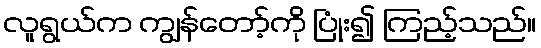
လူရွယ်က ကျွန်တော့်ကို ပြုံး၍ ကြည့်သည်။